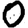
Digit: 0